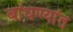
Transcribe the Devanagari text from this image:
बांधण्यांत